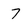
Character: 7